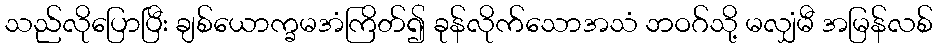
သည်လိုပြောပြီး ချစ်ယောက္ခမအံကြိတ်၍ ခုန်လိုက်သောအသံ ဘဝဂ်သို့ မလျှံမီ အမြန်လစ်